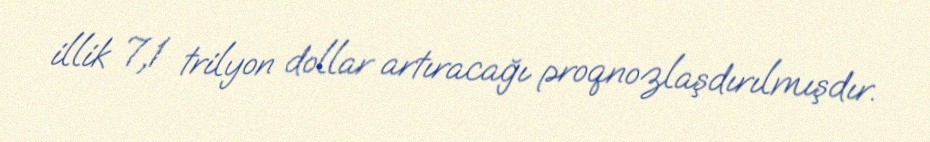
illik 7,1 trilyon dollar artıracağı proqnozlaşdırılmışdır.